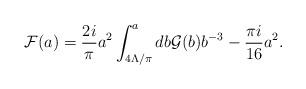
LaTeX: \begin{align*}{\cal F}(a)={2i\over \pi}a^2\int^a_{4\Lambda/\pi}db {\cal G}(b)b^{-3}-{\pi i \over 16} a^2. \end{align*}